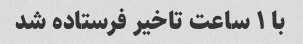
با ۱ ساعت تاخیر فرستاده شد